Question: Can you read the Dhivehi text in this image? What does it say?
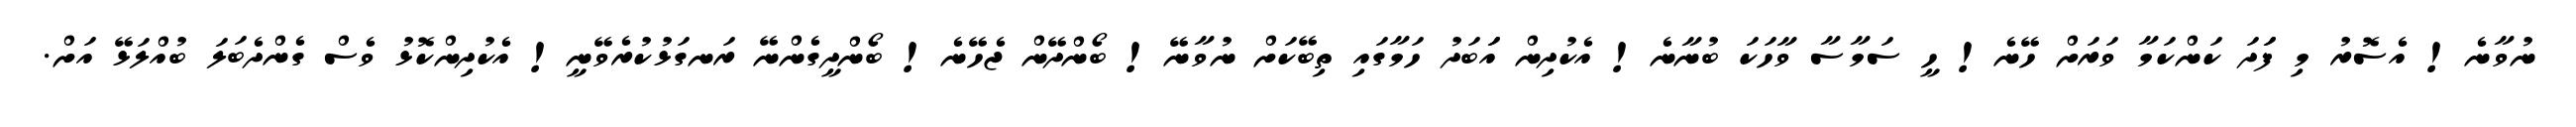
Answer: ނުވާނެ! އެސޮރު މި ފަަދަ ކަންކަމާ ވަރަށް ހޭނެ! ހީ ސަމާސާ ވާހަކަ ބުނާނެ! އެކުދިން އަަބަދު ހަމާގައި ތިބޭކަށް ނުވާނޭ! ބޯންދޭން ޖެހޭނެ! ބޯންދީގެންނޭ ރަނގަޅުކުރެވޭނީ! އެކުދިންކޮޅު ވެސް ގެންދެބަލަ ބުއްލަޅޭ އަށް.